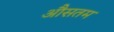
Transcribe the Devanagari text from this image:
औसतम